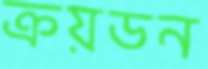
ক্রয়ডন